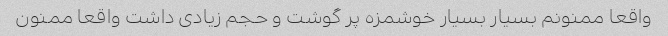
واقعا ممنونم بسیار بسیار خوشمزه پر گوشت و حجم زیادی داشت واقعا ممنون